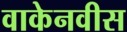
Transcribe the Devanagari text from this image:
वाकेनवीस